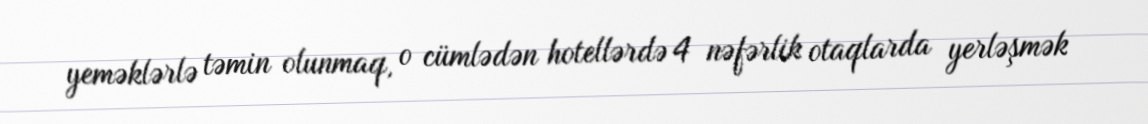
yeməklərlə təmin olunmaq, o cümlədən hotellərdə 4 nəfərlik otaqlarda yerləşmək